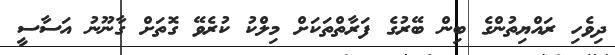
ދިވެހި ރައްޔިތުންގެ ބިން ބޭރުގެ ފަރާތްތަކަށް މިލްކު ކުރެވޭ ގޮތަށް ގާނޫނު އަސާސީ